Insane asylums in Bengal annual reports 1867-1875 - 1867-1875
Year: 1867
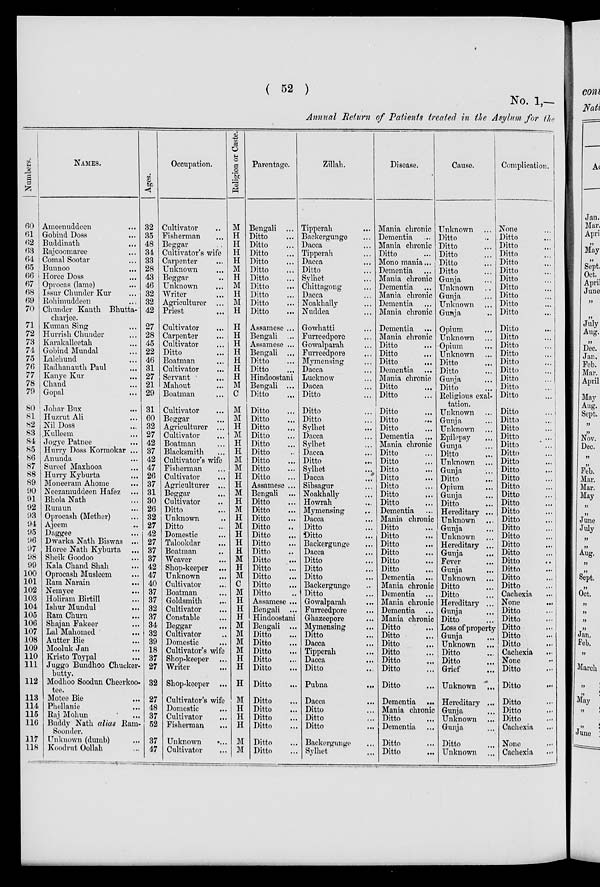
( 52 )
No. 1,—
Annual Return of Patients treated in the Asylum for the
Numbers.
60
61
62
63
64
65
66
67
68
69
70
71
72
73
74
75
76
77
78
79
80
81
82
83
84
85
86
87
88
89
90
91
92
93
94
95
96
97
98
99
100
101
102
103
104
105
106
107
108
109
110
111
112
113
114
115
116
117
118
NAMES.
Ameenuddeen ...
Gobind Doss ...
Buddinath ...
Rajcoomaree ...
Comal Sootar ...
Bunnoo ...
Horee Doss ...
Oprocas (lame) ...
Issur Chunder Kur ...
Rohimuddeen ...
Chunder Kanth Bhutta-
charjee.
Kuman Sing ...
Hurrish Chunder ...
Karakalleetah ...
Gobind Mundal ...
Lalchund ...
Radhanauth Paul ...
Kanye Kur ...
Chand ...
Gopal ...
Johar Bux
...
Huzrut Ali ...
Nil Doss ...
Kulleem ...
Jogye Patnee ...
Hurry Doss Kormokar ...
Anunda ...
Sureef Maxhooa ...
Hurry Kyburta ...
Moneeram Ahome ...
Neezamuddeen Hafez ...
Bhola Nath ...
Rumun ...
Oprocash (Mether) ...
Ajeem ...
Daggee ...
Dwarka Nath Biswas ...
Horee Nath Kyburta ...
Sheik Goodoo ...
Kala Chand Shah ...
Oprocash Musleem ...
Ram Narain
...
Nemyee ...
Holiram Birtill ...
Ishur Mundul ...
Ram Churn ...
Shajan Fakeer ...
Lal Mahomed ...
Autter Bie ...
Mooluk Jan ...
Kristo Toypal ...
Juggo Bundhoo Chucker-
butty.
Modhoo Soodun Cheerkoo-
tee.
Motee Bie ...
Phellanie ...
Raj Mohun ...
Buddy Nath alias Ram-
Soonder.
Unknown (dumb) ...
Koodrut Oollah ...
Ages.
32
35
48
34
33
28
43
46
32
32
42
27
28
45
22
46
31
27
21
29
31
60
32
27
42
37
42
47
26
37
31
30
26
32
27
42
27
37
37
42
47
40
37
37
32
37
34
32
39
18
37
27
32
27
48
37
52
37
47
Occupation.
Cultivator ...
Fisherman ...
Beggar ...
Cultivator's wife
Carpenter ...
Unknown ...
Beggar ...
Unknown ...
Writer ...
Agriculturer ...
Priest ...
Cultivator
...
Carpenter ...
Cultivator ...
Ditto ...
Boatman ...
Cultivator ...
Servant ...
Mahout ...
Boatman ...
Cultivator ...
Beggar ...
Agriculturer ...
Cultivator ...
Boatman ...
Blacksmith ...
Cultivator's wife
Fisherman ...
Cultivator ...
Agriculturer ...
Beggar ...
Cultivator ...
Ditto ...
Unknown ...
Ditto ...
Domestic ...
Talookdar ...
Boatman ...
Weaver ...
Shop-keeper ...
Unknown ...
Cultivator ...
Boatman ...
Goldsmith ...
Cultivator ...
Constable ...
Beggar ...
Cultivator ...
Domestic ...
Cultivator's wife
Shop-keeper
Writer ...
Shop-keeper ...
Cultivator's wife
Domestic ...
Cultivator ...
Fisherman ...
Unknown
...
Cultivator ...
Religion or Caste.
M
H
H
H
H
M
H
M
H
M
H
H
H
H
H
H
H
H
M
C
M
M
H
M
H
H
M
M
H
H
M
H
M
H
M
H
H
H
M
H
M
C
M
H
H
H
M
M
M
M
H
H
H
M
H
H
H
M
M
Parentage.
Bengali ...
Ditto ...
Ditto ...
Ditto ...
Ditto ...
Ditto ...
Ditto ...
Ditto ...
Ditto ...
Ditto ...
Ditto ...
Assamese ...
Bengali ...
Assamese ...
Bengali ...
Ditto ...
Ditto ...
Hindoostani
Bengali ...
Ditto ...
Ditto ...
Ditto ...
Ditto ...
Ditto ...
Ditto ...
Ditto ...
Ditto ...
Ditto ...
Ditto ...
Assamese ...
Bengali ...
Ditto ...
Ditto ...
Ditto ...
Ditto ...
Ditto ...
Ditto ...
Ditto ...
Ditto ...
Ditto ...
Ditto ...
Ditto ...
Ditto ...
Assamese ...
Bengali ...
Hindoostani
Bengali ...
Ditto ...
Ditto ...
Ditto ...
Ditto ...
Ditto ...
Ditto ...
Ditto ...
Ditto ...
Ditto ...
Ditto ...
Ditto ...
Ditto ...
Zillah.
Tipperah
...
Backergunge ...
Dacca ...
Tipperah ...
Dacca ...
Ditto ...
Sylhet ...
Chittagong ...
Dacca ...
Noakhally ...
Nuddea ...
Gowhatti ...
Furreedpore ...
Gowalparah ...
Furreedpore ...
Mymensing ...
Dacca ...
Lucknow ...
Dacca ...
Ditto ...
Ditto ...
Ditto ...
Sylhet ...
Dacca ...
Sylhet ...
Dacca ...
Ditto
...
Sylhet
...
Dacca
...
Sibsagur ...
Noakhally ...
Howrah ...
Mymensing
...
Dacca ...
Ditto ...
Ditto ...
Backergunge ...
Dacca ...
Ditto ...
Ditto ...
Ditto ...
Backergunge ...
Ditto ...
Gowalparah ...
Furreedpore ...
Ghazeepore ...
Mymensing ...
Ditto ...
Dacca ...
Tipperah ...
Dacca ...
Ditto ...
Pubna
...
Dacca ...
Ditto ...
Ditto ...
Ditto ...
Backergunge ...
Sylhet ...
Disease.
Mania chronic
Dementia
Mania chronic
Ditto ...
Mono mania ...
Dementia ...
Mania chronic
Dementia ...
Mania chronic
Dementia ...
Mania chronic
Dementia ...
Mania chronic
Ditto ...
Ditto ...
Ditto ...
Dementia ...
Mania chronic
Ditto ...
Ditto ...
Ditto ...
Ditto ...
Ditto ...
Dementia ...
Mania chronic
Ditto ...
Ditto ...
Ditto ...
Ditto ...
Ditto ...
Ditto ...
Ditto ...
Dementia ...
Mania chronic
Ditto ...
Ditto ...
Ditto ...
Ditto ...
Ditto ...
Ditto ...
Dementia ...
Mania chronic
Dementia ...
Mania chronic
Dementia ...
Mania chronic
Ditto ...
Ditto ...
Ditto ...
Ditto ...
Ditto ...
Ditto ...
Ditto ...
Dementia ...
Mania chronic
Ditto ...
Dementia ...
Ditto ...
Ditto ...
Cause.
Unknown ...
Ditto ...
Ditto ...
Ditto ...
Ditto ...
Ditto ...
Gunja ...
Unknown ...
Gunja ...
Unknown ...
Gunja ...
Opium ...
Unknown ...
Opium ...
Unknown ...
Ditto ...
Ditto ...
Gunja ...
Ditto ...
Religious exal-
tation.
Unknown ...
Gunja ...
Unknown ...
Epilepsy ...
Gunja ...
Ditto ...
Unknown ...
Gunja ...
Ditto ...
Opium ...
Gunja ...
Ditto ...
Hereditary ...
Unknown ...
Gunja ...
Unknown ...
Hereditary ...
Gunja ...
Fever ...
Gunja ...
Unknown ...
Ditto ...
Ditto ...
Hereditary ...
Gunja ...
Ditto ...
Loss of property
Gunja ...
Unknown ...
Ditto ...
Ditto ...
Grief ...
Unknown ...
Hereditary ...
Gunja ...
Unknown ...
Gunja ...
Ditto ...
Unknown ...
Complication.
None ...
Ditto ...
Ditto ...
Ditto ...
Ditto ...
Ditto ...
Ditto ...
Ditto ...
Ditto ...
Ditto ...
Ditto ...
Ditto ...
Ditto ...
Ditto ...
Ditto ...
Ditto ...
Ditto ...
Ditto ...
Ditto ...
Ditto ...
Ditto ...
Ditto ...
Ditto ...
Ditto ...
Ditto ...
Ditto ...
Ditto ...
Ditto ...
Ditto ...
Ditto ...
Ditto ...
Ditto ...
Ditto ...
Ditto ...
Ditto ...
Ditto ...
Ditto ...
Ditto ...
Ditto ...
Ditto ...
Ditto ...
Ditto ...
Cachexia
None ...
Ditto ...
Ditto ...
Ditto ...
Ditto ...
Ditto ...
Cachexia ...
None ...
Ditto ...
Ditto
...
Ditto ...
Ditto ...
Ditto ...
Cachexia ...
None ...
Cachexia ...